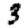
Digit: 3